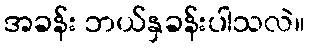
အခန်း ဘယ်နှခန်းပါသလဲ။